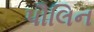
પૌલિન